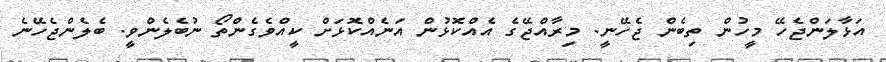
އަޅާލަންޖެހޭ މީހުން ތިބެން ޖެހޭނީ. މިރާއްޖޭގެ އެއްކޮޅުން އަނެއްކޮޅަށް ކީއްވެގެންތޯ ނުބެލެންވީ. ބެލެންޖެހޭނެ